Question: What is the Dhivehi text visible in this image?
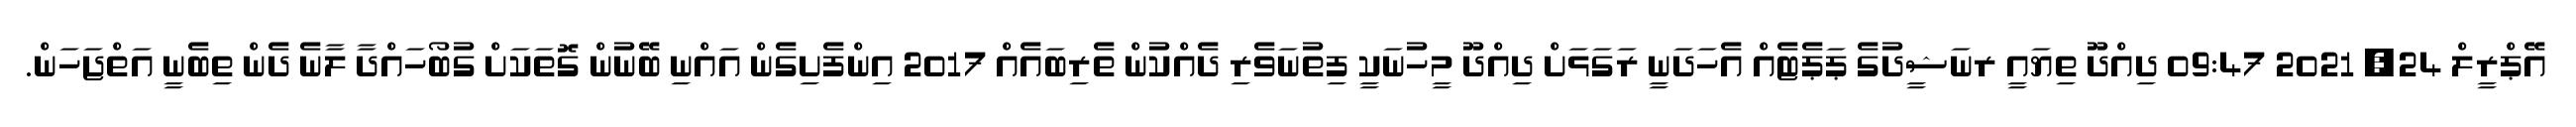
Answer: އޭޕްރީލް 24, 2021 09:47 ދިއްދޫ ތިޔައީ ރނަޝީދުގެ ޕަޕެޓެއް އެހަދަނީ ރަގަޅަށް ދިއްދޫ މީހުނަކީ ފިތުނަވެރި ދެއްކުން ތެރިބައެއް 2017 އިންފެށިގެން އައްނި ބޭނުން ގޮތަކަށް ގުބޯހައްދާ ލާނެ ދެން ތިބެނީ އަތްޖަހަން.